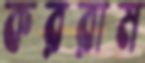
কররাম